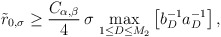
\begin{align*}\tilde r_{0,\sigma} \geq \frac{C_{\alpha,\beta}}{4}\, \sigma\, \max_{1 \leq D \leq M_2} \left[b_{D}^{-1} a_{D}^{-1}\right],\end{align*}